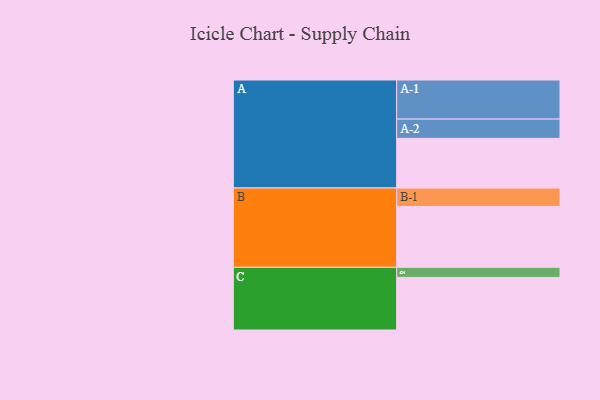
{"axis": {"x": "Segment", "y": "Value"}, "legend": ["", "A", "B", "C"], "data": [{"x": "A", "y": 377, "type": ""}, {"x": "B", "y": 462, "type": ""}, {"x": "C", "y": 399, "type": ""}, {"x": "A-1", "y": 297, "type": "A"}, {"x": "A-2", "y": 146, "type": "A"}, {"x": "B-1", "y": 140, "type": "B"}, {"x": "C-1", "y": 77, "type": "C"}]}